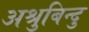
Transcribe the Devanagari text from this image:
अश्रुबिन्दु